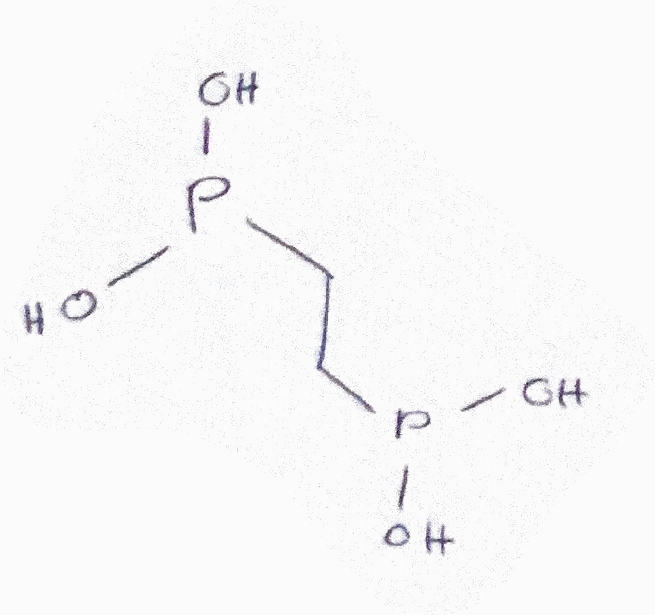
Simplified molecular-input line-entry system (SMILES) notation of the given molecule:
C(CP(O)O)P(O)O